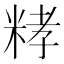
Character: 𥺄